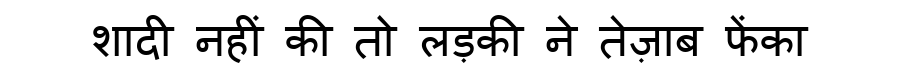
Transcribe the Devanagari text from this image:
शादी नहीं की तो लड़की ने तेज़ाब फेंका